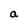
Character: a